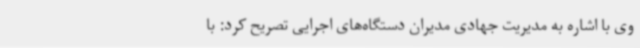
وی با اشاره به مدیریت جهادی مدیران دستگاه‌های اجرایی تصریح کرد: با